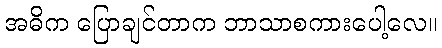
အဓိက ပြောချင်တာက ဘာသာစကားပေါ့လေ။